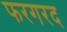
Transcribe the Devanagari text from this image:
फरगरद